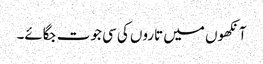
آنکھوں میں تاروں کی سی جوت جگائے۔